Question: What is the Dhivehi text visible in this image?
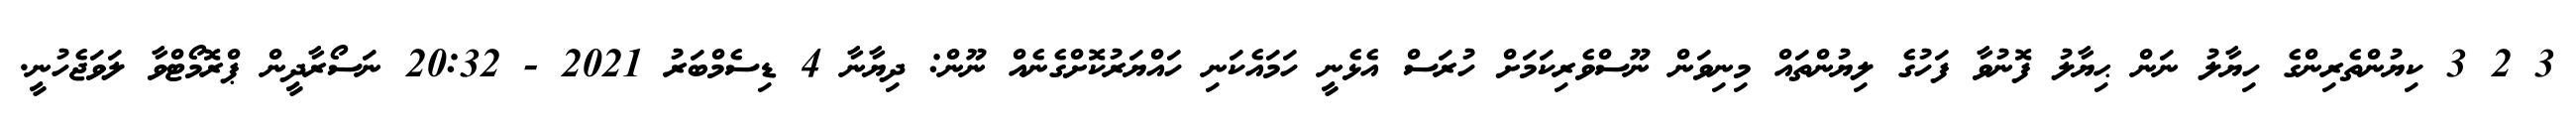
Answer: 3 2 3 ކިޔުންތެރިންގެ ހިޔާލު ނަން ޙިޔާލު ފޮނުވާ ފަހުގެ ލިޔުންތައް މިނިވަން ނޫސްވެރިކަމަށް ހުރަސް އެޅެނީ ހަމައެކަނި ހައްޔަރުކޮށްގެނެއް ނޫން: ދިޔާނާ 4 ޑިސެމްބަރު 2021 - 20:32 ނަސޯރާދީން ޕްރޮމޯޓްވާ ލަވަޖެހުނީ.